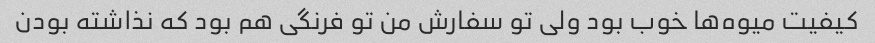
کیفیت میوه‌ها خوب بود ولی تو سفارش من تو فرنگی هم بود که نذاشته بودن